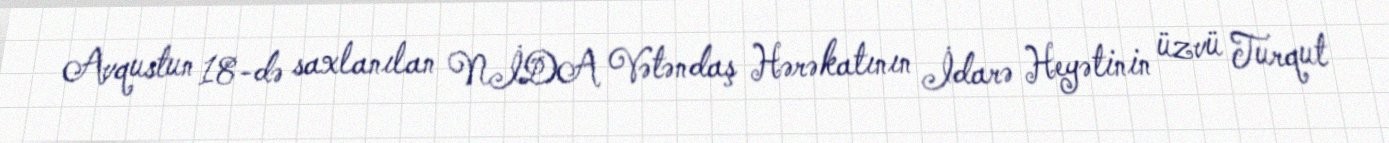
Avqustun 18-də saxlanılan NİDA Vətəndaş Hərəkatının İdarə Heyətinin üzvü Turqut